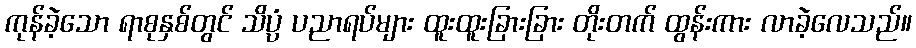
ကုန်ခဲ့သော ရာစုနှစ်တွင် သိပ္ပံ ပညာရပ်များ ထူးထူးခြားခြား တိုးတက် ထွန်းကား လာခဲ့လေသည်။